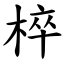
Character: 椊